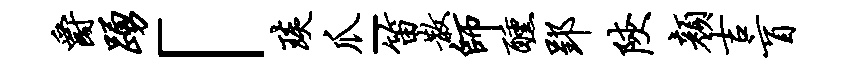
爵踊「琰爪-笛散师醺郢陕颜吉盲